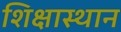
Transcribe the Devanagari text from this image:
शिक्षास्थान